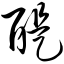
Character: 醍